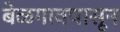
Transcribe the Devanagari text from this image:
बेळगावपासून